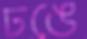
ঢঙে